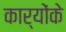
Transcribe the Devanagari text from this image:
कार्योंके